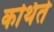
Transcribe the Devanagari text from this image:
कथिते